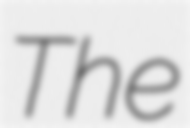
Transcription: The